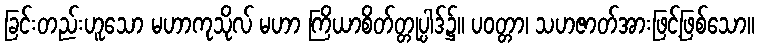
ခြင်းတည်းဟူသော မဟာကုသိုလ် မဟာ ကြိယာစိတ်တ္တုပ္ပါဒ်၌။ ပဝတ္တာ၊ သဟဇာတ်အားဖြင့်ဖြစ်သော။